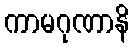
ကာမဂုဏာနိ